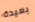
بعيدة